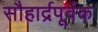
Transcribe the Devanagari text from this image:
सौहार्द्रपूर्वक